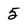
Character: 5